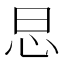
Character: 𢗭